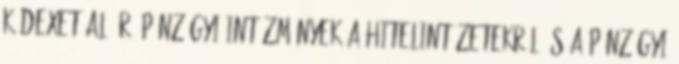
Kódexet aláíró pénzügyi intézmények a hitelintézetekről és a pénzügyi